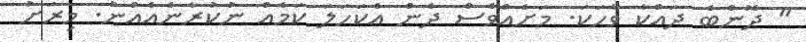
" ދޮންބެ ދައްކާ ވާހަކަ. މަށެއްވެސް ދެން އެކަހަލަ ކަމެއް ނުކުރާނެއެއްނު. މިރަށު